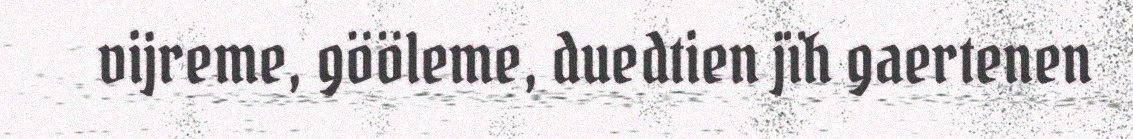
vijreme, gööleme, duedtien jïh gaertenen